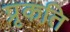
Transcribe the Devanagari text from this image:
प्रृकति